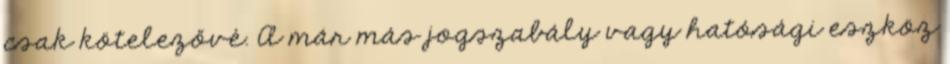
csak kötelezővé. A már más jogszabály vagy hatósági eszköz